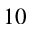
_ { 1 0 }